Reports on dispensaries and lunatic asylums in the Province of Oudh - 1869-1876
Year: 1869
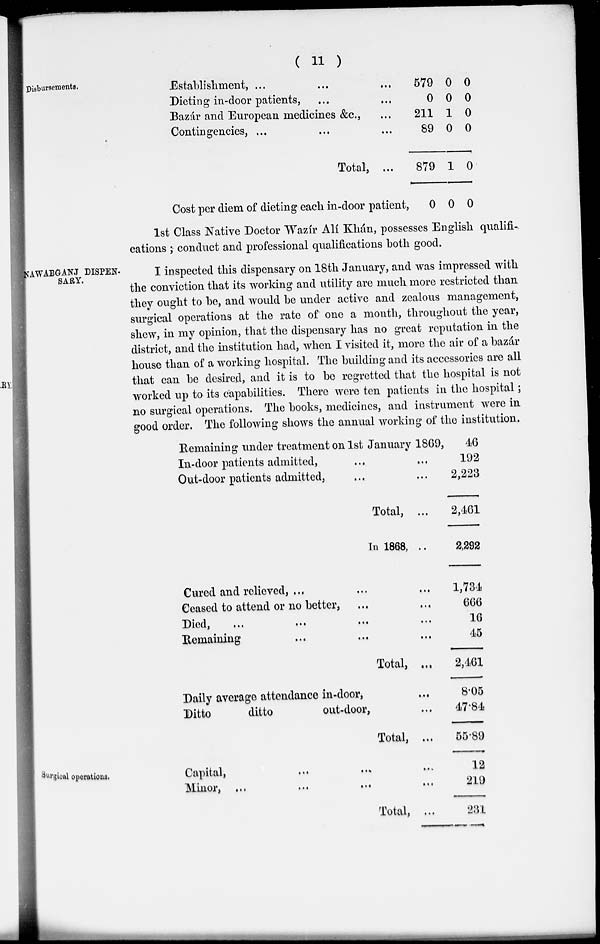
( 11 )
Disbursements.
Establishment, ... ... ...
Dieting in-door patients, ... ...
Bazar and European medicines &c, ...
Contingencies, ... ... ...
Total, ...
Cost per diem of dieting each in-door patient,
579
0
211
89
879
0
0
0
1
0
1
0
0
0
0
0
0
0
1st Class Native Doctor Wazír Alí Khán, possesses English qualifi-
cations ; conduct and professional qualifications both good.
NAWABGANJ DISPEN-
SARY.
I inspected this dispensary on 18th January, and was impressed with
the conviction that its working and utility are much more restricted than
they ought to be, and would be under active and zealous management,
surgical operations at the rate of one a month, throughout the year,
shew, in my opinion, that the dispensary has no great reputation in the
district, and the institution had, when I visited it, more the air of a bazár
house than of a working hospital. The building and its accessories are all
that can be desired, and it is to be regretted that the hospital is not
worked up to its capabilities. There were ten patients in the hospital ;
no surgical operations. The books, medicines, and instrument were in
good order. The following shows the annual working of the institution.
Remaining under treatment on 1st January 1869,
In-door patients admitted, ... ...
Out-door patients admitted, ... ...
Total, ...
In 1868, ..
Cured and relieved, ... ... ...
Ceased to attend or no better, ... ...
Died,
...
...
...
...
Remaining ... ... ...
Total, ...
Daily average attendance in-door, ...
Ditto
ditto
out-door, ...
Total, ...
46
192
2,223
2,461
2,292
1,734
666
16
45
2,461
8.05
47.84
55.89
Surgical operations.
Capital,
...
...
...
...
Minor, ... ... ... ...
Total, ...
12
219
231